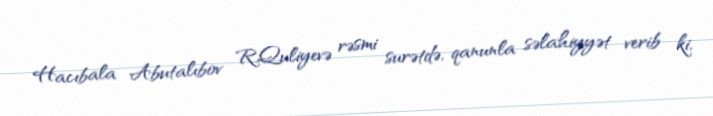
Hacıbala Abutalıbov R.Quliyevə rəsmi surətdə, qanunla səlahiyyət verib ki,